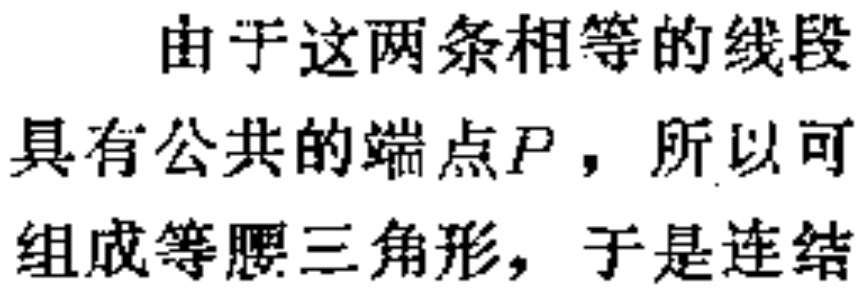
由于这两条相等的线段

具有公共的端点\(P\)，所以可

组成等腰三角形，于是连结